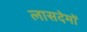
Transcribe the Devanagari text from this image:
लासदेमों